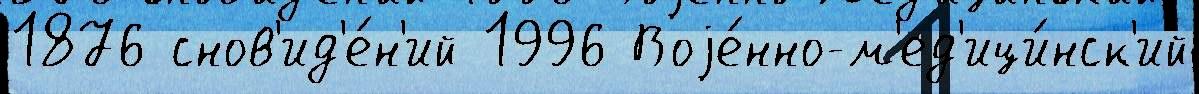
1876 снов'ид'е́н'ий 1996 Воjе́нно-м'ед'ици́нск'ий